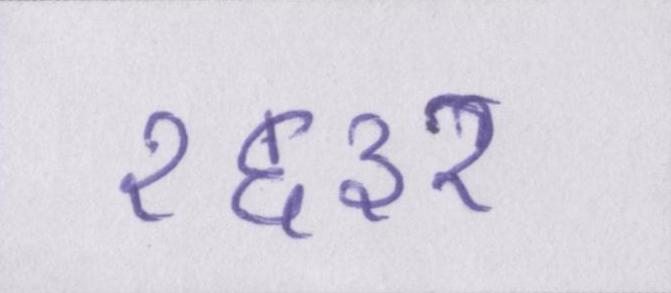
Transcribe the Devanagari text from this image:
१६३२